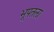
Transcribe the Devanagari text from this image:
भूपतला